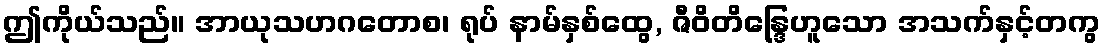
ဤကိုယ်သည်။ အာယုသဟဂတောစ၊ ရုပ် နာမ်နှစ်ထွေ, ဇီဝိတိန္ဒြေဟူသော အသက်နှင့်တကွ